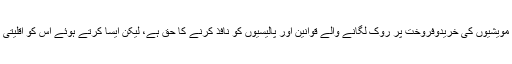
یہ رپورٹ یہ مشورہ دیتی ہے کہ حکومت کے پاس مویشیوں کی خریدوفروخت پر روک لگانے والے قوانین اور پالیسیوں کو نافذ کرنے کا حق ہے، لیکن ایسا کرتے ہوئے اس کو اقلیتی طبقے کو ہونے والے متضاد نقصان سے بچانا ہوگا۔